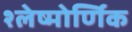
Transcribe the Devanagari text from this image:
श्लेष्मोर्णिक